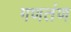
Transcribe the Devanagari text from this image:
गणतंण